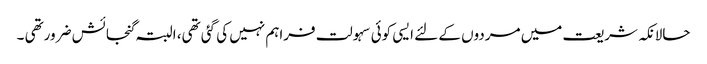
حالانکہ شریعت میں مردوں کے لئے ایسی کوئی سہولت فراہم نہیں کی گئی تھی، البتہ گنجائش ضرورتھی ۔